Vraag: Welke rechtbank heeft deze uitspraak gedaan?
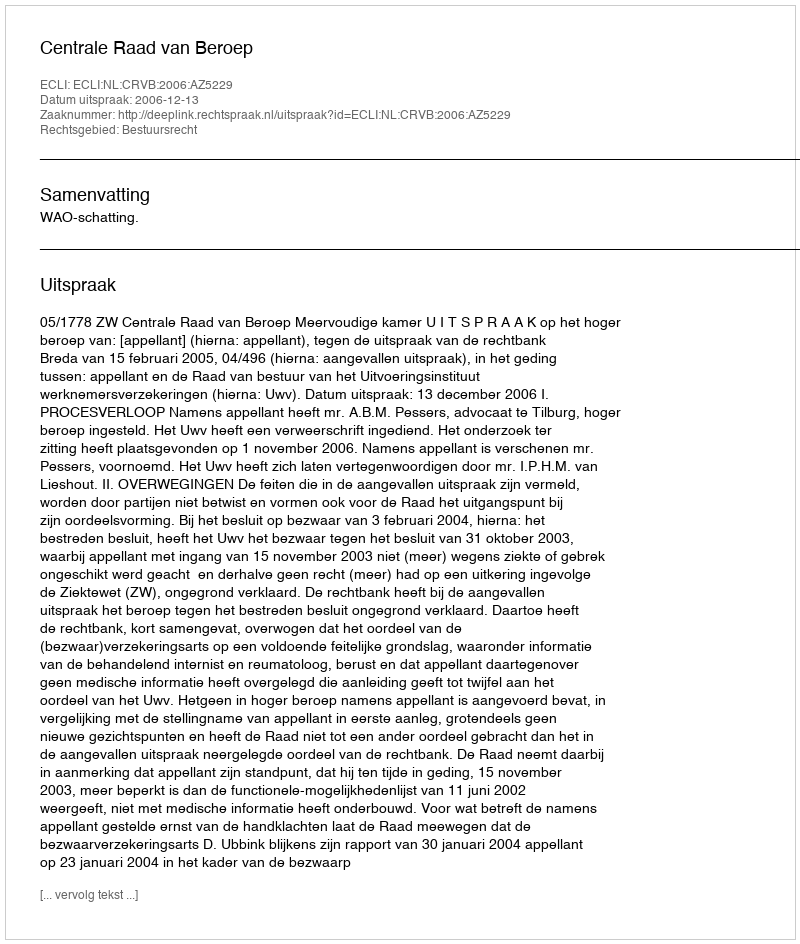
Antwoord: Centrale Raad van Beroep